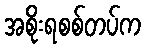
အစိုးရစစ်တပ်က